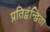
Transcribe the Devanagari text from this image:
प्रतिद्वंन्द्विता